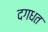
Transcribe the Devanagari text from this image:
दगधत